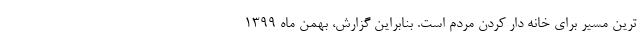
ترین مسیر برای خانه دار کردن مردم است. بنابراین گزارش، بهمن ماه ۱۳۹۹